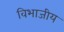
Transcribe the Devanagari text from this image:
विभाजीय